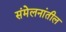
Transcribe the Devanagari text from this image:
संमेलनांतील